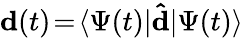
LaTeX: \mathbf{d}(t)\! =\! \langle\Psi(t)\lvert\mathbf{\hat{d}}\rvert\Psi(t)\rangle